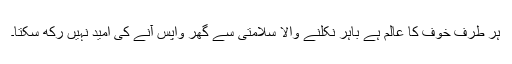
ہر طرف خوف کا عالم ہے باہر نکلنے والا سلامتی سے گھر واپس آنے کی امید نہیں رکھ سکتا۔